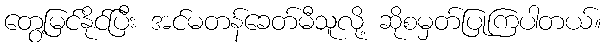
တွေ့မြင်နိုင်ပြီး အင်မတန်ခေတ်မီသူလို့ ဆိုစမှတ်ပြုကြပါတယ်။